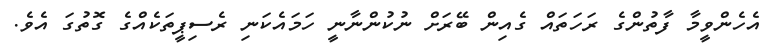
އެހެންވީމާ ފާތުންގެ ރަހަތައް ގެއިން ބޭރަށް ނުކުންނާނީ ހަމައެކަނި ރެސިޕީތަކެއްގެ ގޮތުގަ އެވެ.